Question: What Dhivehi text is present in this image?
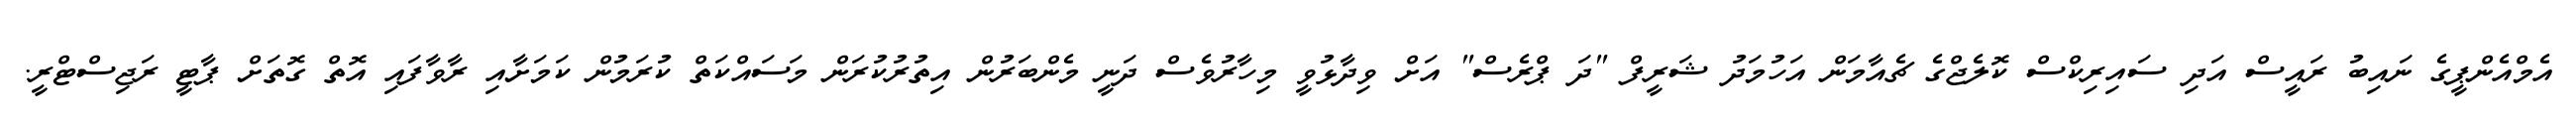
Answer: އެމްއެންޕީގެ ނައިބު ރައީސް އަދި ސައިރިކްސް ކޮލެޖްގެ ޗެއާމަން އަހުމަދު ޝަރީފް "ދަ ޕްރެސް" އަށް ވިދާޅުވީ މިހާރުވެސް ދަނީ މެންބަރުން އިތުރުކުރަން މަސައްކަތް ކުރަމުން ކަމަށާއި ރާވާފައި އޮތް ގޮތަށް ޕާޓީ ރަޖިސްޓްރީ.